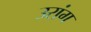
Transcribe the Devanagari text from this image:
उरांग